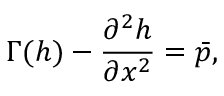
\Gamma ( h ) - \frac { \partial ^ { 2 } h } { \partial x ^ { 2 } } = \Bar { p } ,